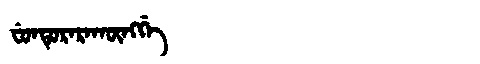
Manchu: ᠸᡠᠨᡨᡠᡵᠠᡵᠠᡴᡡᠩᡤᡝ
Romanization: FUNTURARAKŪNGGE